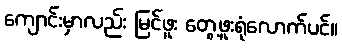
ကျောင်းမှာလည်း မြင်ဖူး တွေ့ဖူးရုံလောက်ပင်။